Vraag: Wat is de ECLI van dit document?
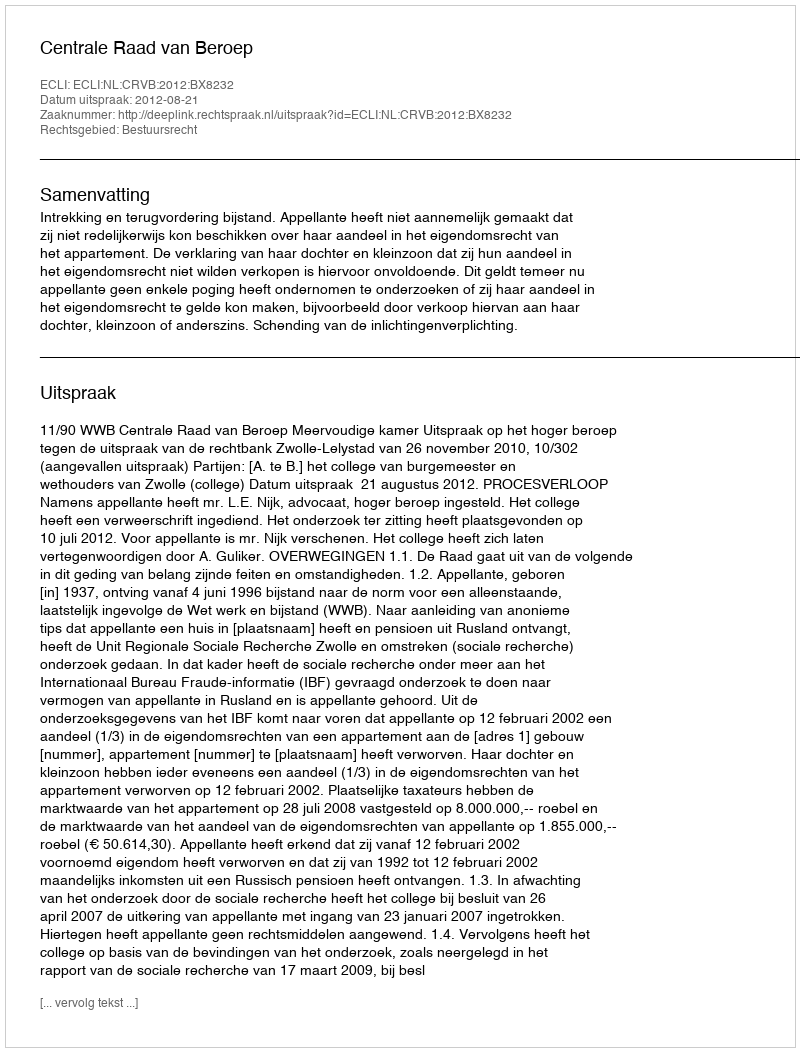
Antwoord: ECLI:NL:CRVB:2012:BX8232